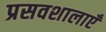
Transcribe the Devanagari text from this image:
प्रसवशालाएँ